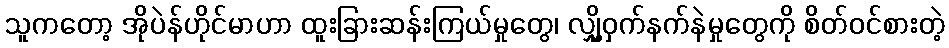
သူကတော့ အိုပဲန်ဟိုင်မာဟာ ထူးခြားဆန်းကြယ်မှုတွေ၊ လျှို့ဝှက်နက်နဲမှုတွေကို စိတ်ဝင်စားတဲ့